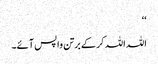
‘‘
اللہ اللہ کر کے برتن واپس آئے۔